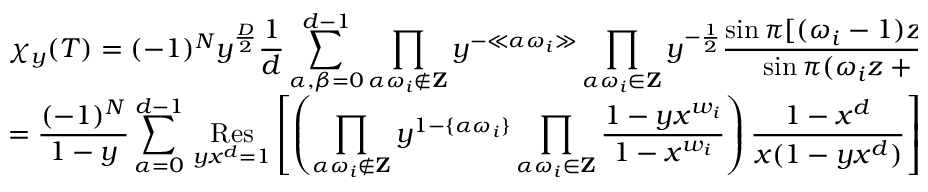
\begin{array} { l l } { { } } & { { \displaystyle \chi _ { y } ( T ) = ( - 1 ) ^ { N } y ^ { \frac { D } { 2 } } \frac { 1 } { d } \sum _ { \alpha , \beta = 0 } ^ { d - 1 } \prod _ { \alpha \omega _ { i } \not \in { \bf Z } } y ^ { - \ll \alpha \omega _ { i } \gg } \prod _ { \alpha \omega _ { i } \in { \bf Z } } y ^ { - \frac { 1 } { 2 } } \frac { \sin \pi [ ( \omega _ { i } - 1 ) z + \beta \omega _ { i } ] } { \sin \pi ( \omega _ { i } z + \beta \omega _ { i } ) } } } \\ { { } } & { { \displaystyle = \frac { ( - 1 ) ^ { N } } { 1 - y } \sum _ { \alpha = 0 } ^ { d - 1 } \, \mathop { \mathrm { R e s } } _ { y x ^ { d } = 1 } \left[ \left( \prod _ { \alpha \omega _ { i } \not \in { \bf Z } } y ^ { 1 - \{ \alpha \omega _ { i } \} } \prod _ { \alpha \omega _ { i } \in { \bf Z } } \frac { 1 - y x ^ { w _ { i } } } { 1 - x ^ { w _ { i } } } \right) \frac { 1 - x ^ { d } } { x ( 1 - y x ^ { d } ) } \right] \, . \nonumber } } \end{array}